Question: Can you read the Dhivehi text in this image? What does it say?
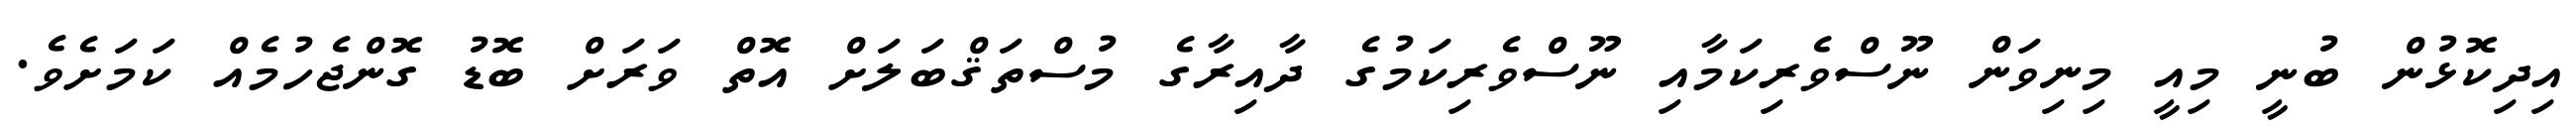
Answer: އިދިކޮޅުން ބުނީ މިއީ މިނިވަން ނޫސްވެރިކަމާއި ނޫސްވެރިކަމުގެ ދާއިރާގެ މުސްތަޤްބަލަށް އޮތް ވަރަށް ބޮޑު ގޮންޖެހުމެއް ކަމަށެވެ.